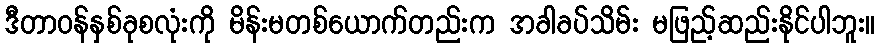
ဒီတာဝန်နှစ်ခုစလုံးကို မိန်းမတစ်ယောက်တည်းက အခါခပ်သိမ်း မဖြည့်ဆည်းနိုင်ပါဘူး။